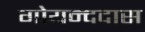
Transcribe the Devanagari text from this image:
गोयन्ददास